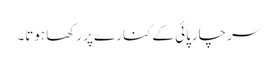
سر چارپائی کے کنارے پر رکھا ہوتا۔